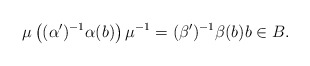
\begin{align*} \mu \left( (\alpha')^{-1} \alpha(b) \right) \mu^{-1} = (\beta')^{-1}\beta(b) b \in B. \end{align*}